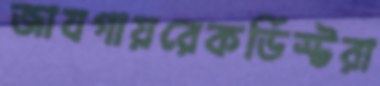
জাযগায়রেকর্ডিস্টরা